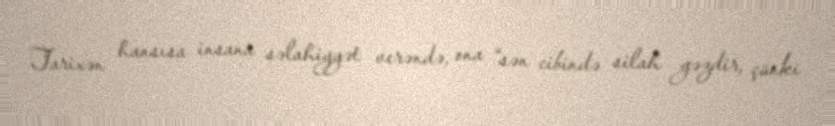
Tarixən hansısa insana səlahiyyət verəndə, ona “sən cibində silah gəzdir, çünki